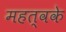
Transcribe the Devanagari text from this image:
महत्वके